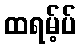
ထရမ့်ပ်